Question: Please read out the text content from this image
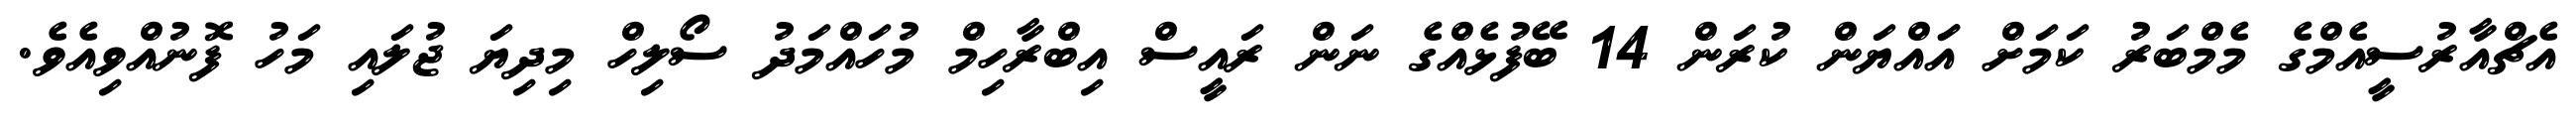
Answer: އެޗްއާރުސީއެމްގެ މެމްބަރު ކަމަށް އަައްޔަން ކުރަން 14 ބޭފުޅެއްގެ ނަން ރައީސް އިބްރާހިމް މުހައްމަދު ސޯލިހް މިދިޔަ ޖުލައި މަހު ފޮނުއްވިއެވެ.